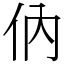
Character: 㐻